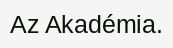
Az Akadémia.